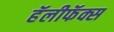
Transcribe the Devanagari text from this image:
हॅलीफॅक्स